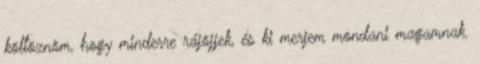
költöznöm, hogy minderre rájöjjek, és ki merjem mondani magamnak.